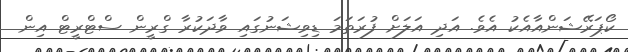
ކޯޕަރޭޝަންއާއެކު އެވެ. އަދި އަލަށް ފުރަތަމަ ޑިވިޝަނުގައި ވާދަކުރާ ގްރީން ސްޓްރީޓް އިން